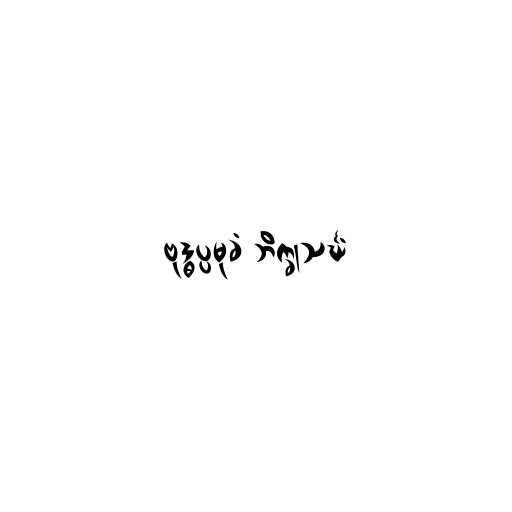
ဗုဒ္ဓပ္ပမုခံ ဘိက္ခုသင်္ဃံ